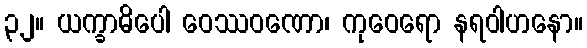
၃၂။ ယက္ခာဓိပေါ ဝေဿဝဏော၊ ကုဝေရော နရဝါဟနော။